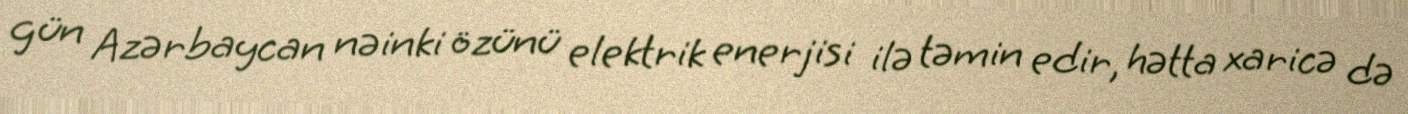
gün Azərbaycan nəinki özünü elektrik enerjisi ilə təmin edir, hətta xaricə də